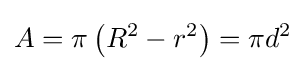
A=\pi \left(R^{2}-r^{2}\right)=\pi d^{2}